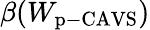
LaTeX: \beta(W_{\mathrm{p-CAVS}})